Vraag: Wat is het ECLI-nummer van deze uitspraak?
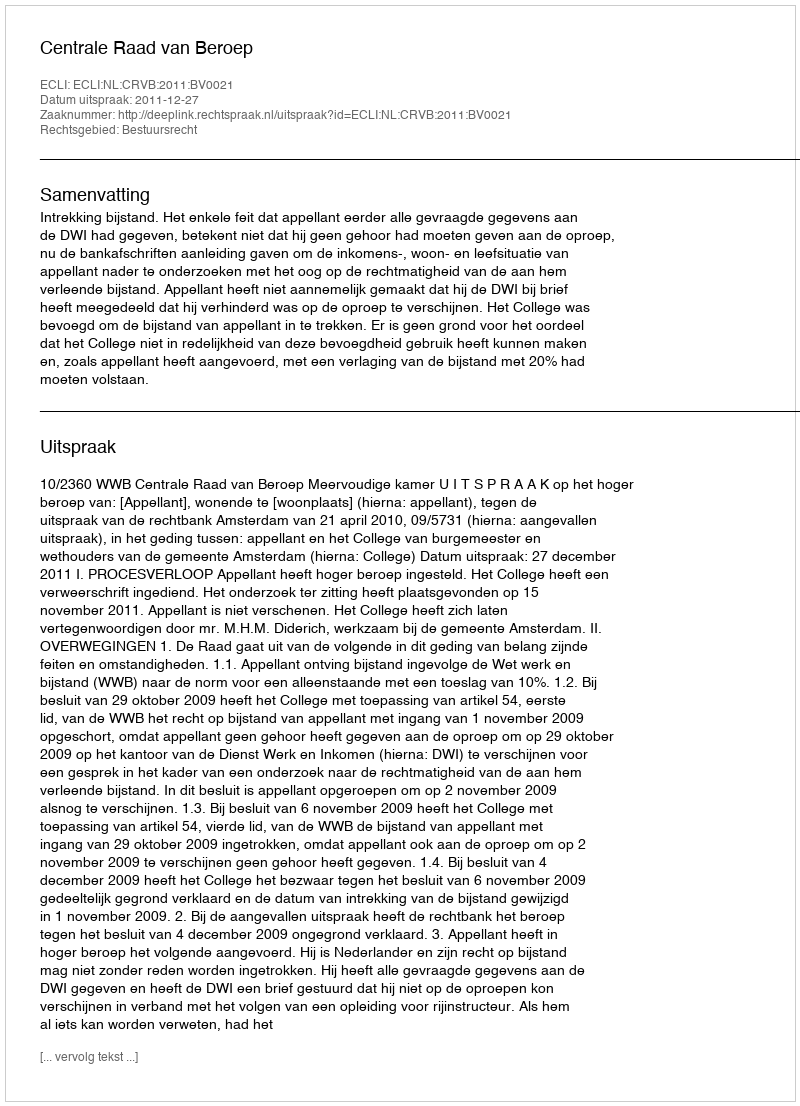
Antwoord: ECLI:NL:CRVB:2011:BV0021